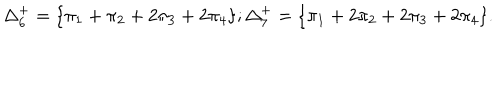
\Delta _ { 6 } ^ { + } = \{ \pi _ { 1 } + \pi _ { 2 } + 2 \pi _ { 3 } + 2 \pi _ { 4 } \} ; \Delta _ { 7 } ^ { + } = \{ \pi _ { 1 } + 2 \pi _ { 2 } + 2 \pi _ { 3 } + 2 \pi _ { 4 } \} .